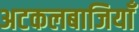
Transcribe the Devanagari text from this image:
अटकलबाजियाँ